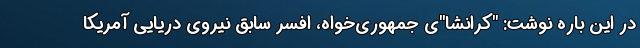
در این باره نوشت: "کرانشا"ی جمهوری‌خواه، افسر سابق نیروی دریایی آمریکا